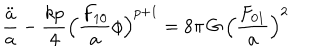
\frac { \ddot { a } } { a } - \frac { k p } { 4 } \Bigl ( \frac { F _ { 1 0 } } { a } \phi \Bigr ) ^ { p + 1 } = 8 \pi \, G \, \Bigl ( \frac { F _ { 0 1 } } { a } \Bigr ) ^ { 2 }